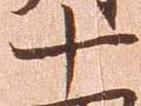
十